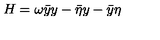
H = \omega \bar { y } y - \bar { \eta } y - \bar { y } \eta